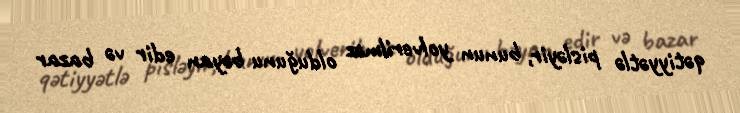
qətiyyətlə pisləyir, bunun yolverilməz olduğunu bəyan edir və bazar